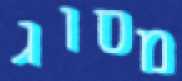
מסוג